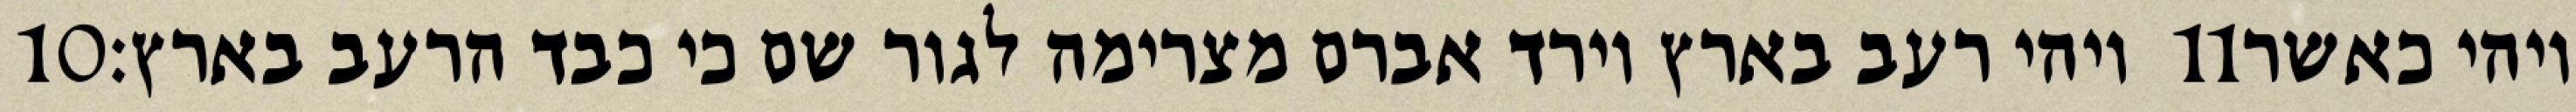
‎10‏ ויהי רעב בארץ וירד אברם מצרימה לגור שם כי כבד הרעב בארץ׃ ‎11‏ ויהי כאשר